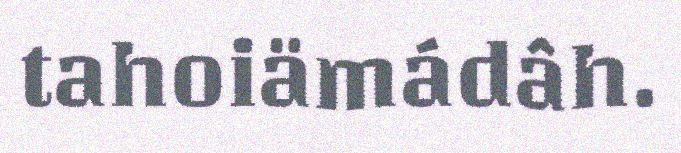
tahoiämádâh.